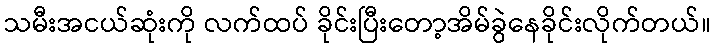
သမီးအငယ်ဆုံးကို လက်ထပ် ခိုင်းပြီးတော့အိမ်ခွဲနေခိုင်းလိုက်တယ်။